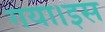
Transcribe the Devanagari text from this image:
गया।इस